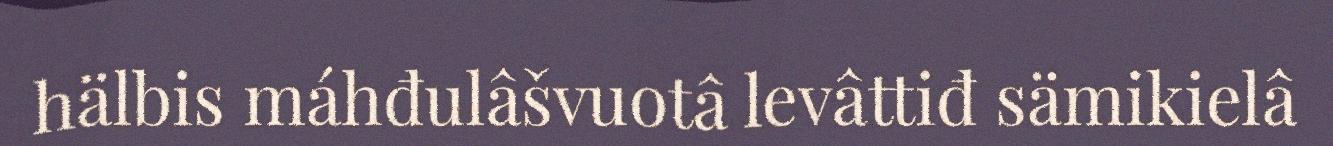
hälbis máhđulâšvuotâ levâttiđ sämikielâ